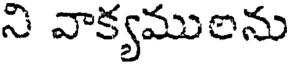
ని వాక్యములను